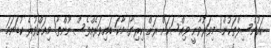
ކައުންސިލްތަކުން! މިވަރުވާނީ ވިއްސަކަށް ރަށް ކިރިޔާ! މާކަ ބައިވަރެއްވެސް ނޫންތާ! މިއަށްވުރެ ކުޑަނަމަ